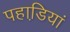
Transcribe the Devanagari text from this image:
पहाडि़यां